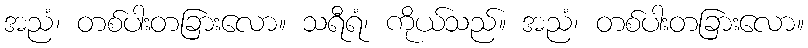
အညံ၊ တစ်ပါးတခြားလော။ သရီရံ၊ ကိုယ်သည်။ အညံ၊ တစ်ပါးတခြားလော။